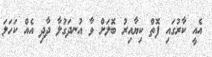
އެއީ ކާރުގައި ފޮތް ކިޔާއިރު ބޮލަށް ވާ އުނދަގުލާ ދާދި އެއް ކަހަލަ